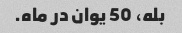
بله، 50 یوان در ماه.